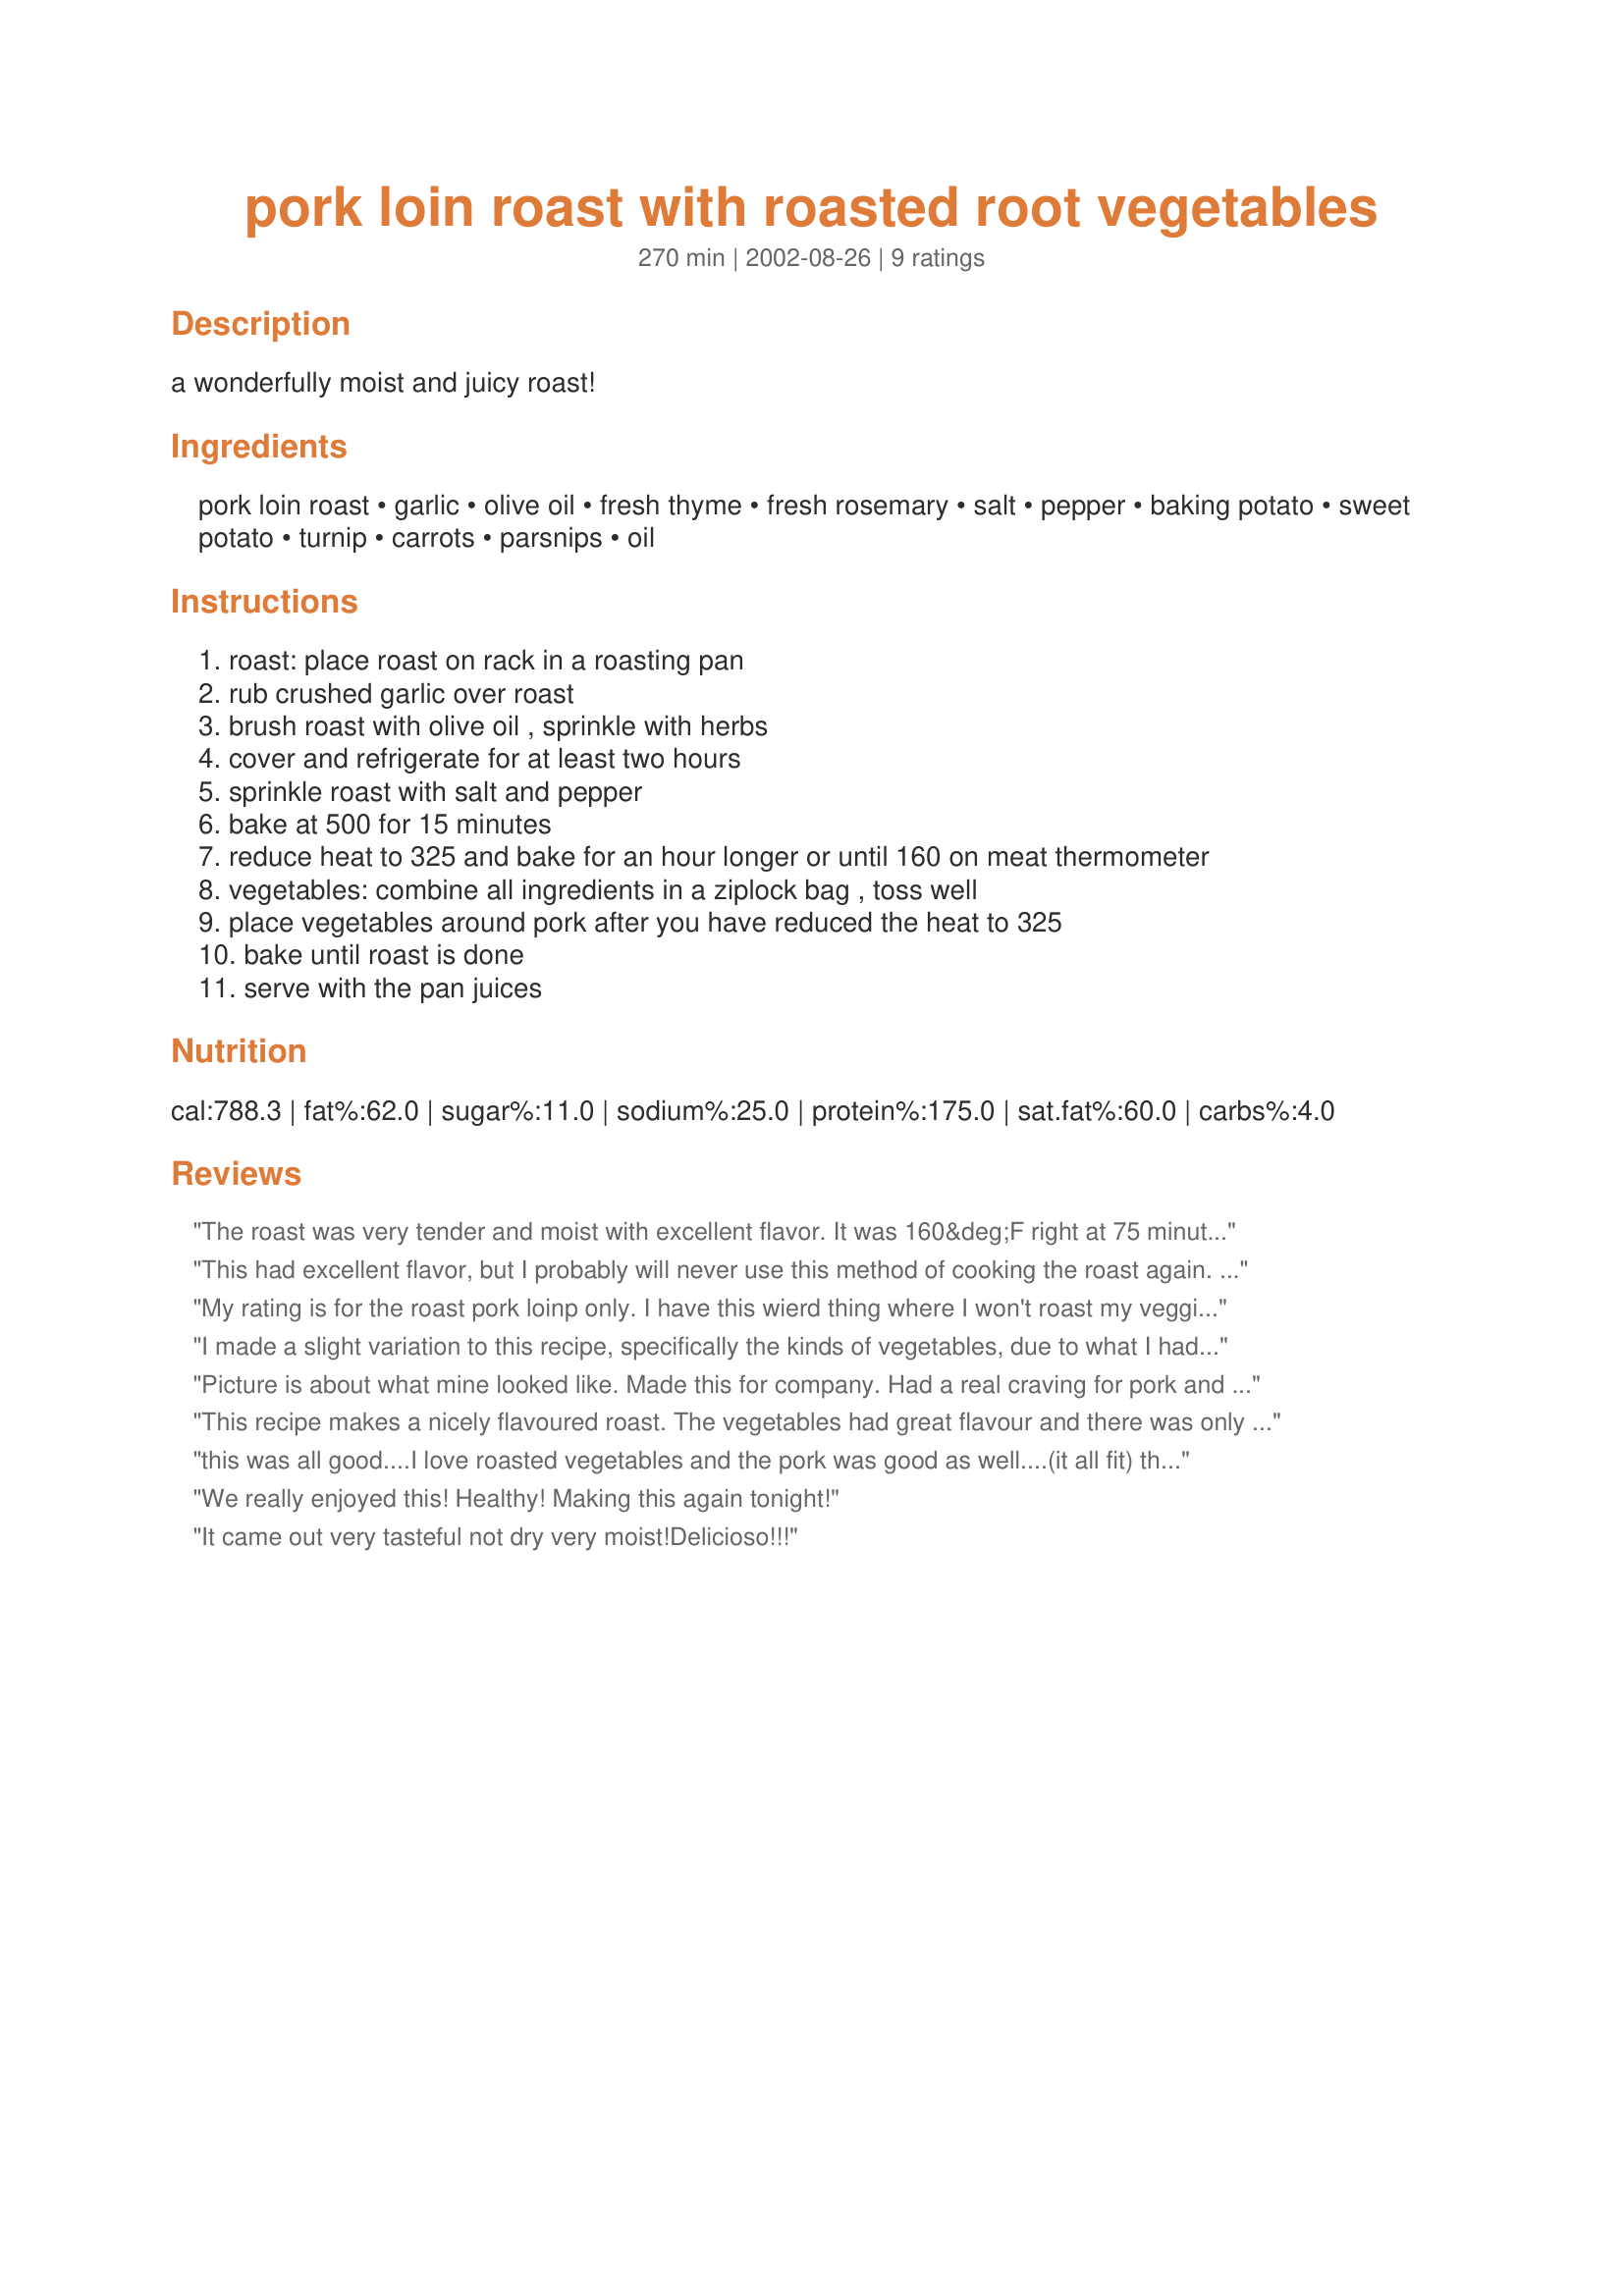
pork loin roast with roasted root vegetables
Preparation time: 270 minutes

a wonderfully moist and juicy roast!

Ingredients:
pork loin roast, garlic, olive oil, fresh thyme, fresh rosemary, salt, pepper, baking potato, sweet potato, turnip, carrots, parsnips, oil

Steps:
roast: place roast on rack in a roasting pan, rub crushed garlic over roast, brush roast with olive oil , sprinkle with herbs, cover and refrigerate for at least two hours, sprinkle roast with salt and pepper, bake at 500 for 15 minutes, reduce heat to 325 and bake for an hour longer or until 160 on meat thermometer, vegetables: combine all ingredients in a ziplock bag , toss well, place vegetables around pork after you have reduced the heat to 325, bake until roast is done, serve with the pan juices

Reviews:
The roast was very tender and moist with excellent flavor. It was 160&deg;F right at 75 minutes but the vegetables weren&#039;t done yet. I removed the roast and let it sit before slicing it while I let the veggies cook longer. (I switched over to convection and they were done in about 15 more minutes.) Next time, I&#039;ll cut the veggies into smaller pieces rather than just the quarters the recipe calls for. We thought the herbs &amp; garlic were fantastic on both the roast and vegetables. I used the leftover roast in a 15-bean soup that I made the next day.
This had excellent flavor, but I probably will never use this method of cooking the roast again. It made a terrible mess in my oven with a lot of grease splattered all 
over it. I had to clean my oven as soon as I was done cooking.
My rating is for the roast pork loinp only. I have this wierd thing where I won't roast my veggies with the meat. I know they will get more flavor and it's only one pan to clean up, but i'm sort of like a kid that doesn't like their food to touch!..I prepared the roast and let sit in fridge for the appropriate time. I cooked as per instructions, only I left out the vegetables. This produced a deliciously moist roast. My son, whose very picky, even ate it! Normally i have to slice off two chops when i make a pork roast and cook it separate, but he loved it. Thanks so much CC!
Italianmomof2
I made a slight variation to this recipe, specifically the kinds of vegetables, due to what I had in the refrigerator. I used: Chopped sweat potato, mushrooms, artichoke hearts and onion, along with some fresh parsley in addition to the thyme and rosemary. I also brushed the pork with a little teriyaki soy sauce to give it a little extra flavor and color. I posted a picture of what mine looked like with these variations. It was delicious!
Picture is about what mine looked like. Made this for company. Had a real craving for pork and got a very nice looking tied roast. Served with #43846 Apple Tarts for dessert. Will make again, as soon as the butcher comes up with a good looking roast again. This will be a regular.
This recipe makes a nicely flavoured roast. The vegetables had great flavour and there was only the roasting pan to clean up which is a great bonus. The only problem I had was that it took quite a bit longer to cook my 5 pound roast than the 90 minutes. After 150 minutes the roast was at 160 and the veggies were still tender crisp.I will certainly make it again but will allow for more cooking time.
this was all good....I love roasted vegetables and the pork was good as well....(it all fit) thanks "G"
We really enjoyed this! Healthy! Making this again tonight!
It came out very tasteful not dry very moist!<br/>Delicioso!!!
